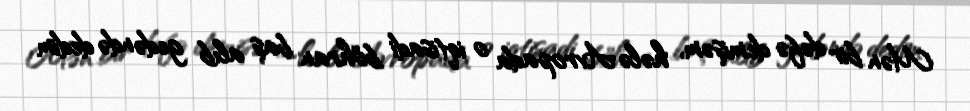
Mən bir dəfə demişəm, hələ Avropada o iqtisadi böhran baş alıb gedəndə dedim